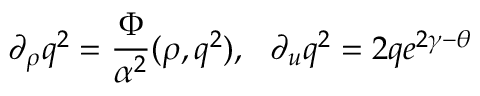
\partial _ { \rho } q ^ { 2 } = { \frac { \Phi } { \alpha ^ { 2 } } } ( \rho , q ^ { 2 } ) , \ \ \partial _ { u } q ^ { 2 } = 2 q e ^ { 2 \gamma - \theta }